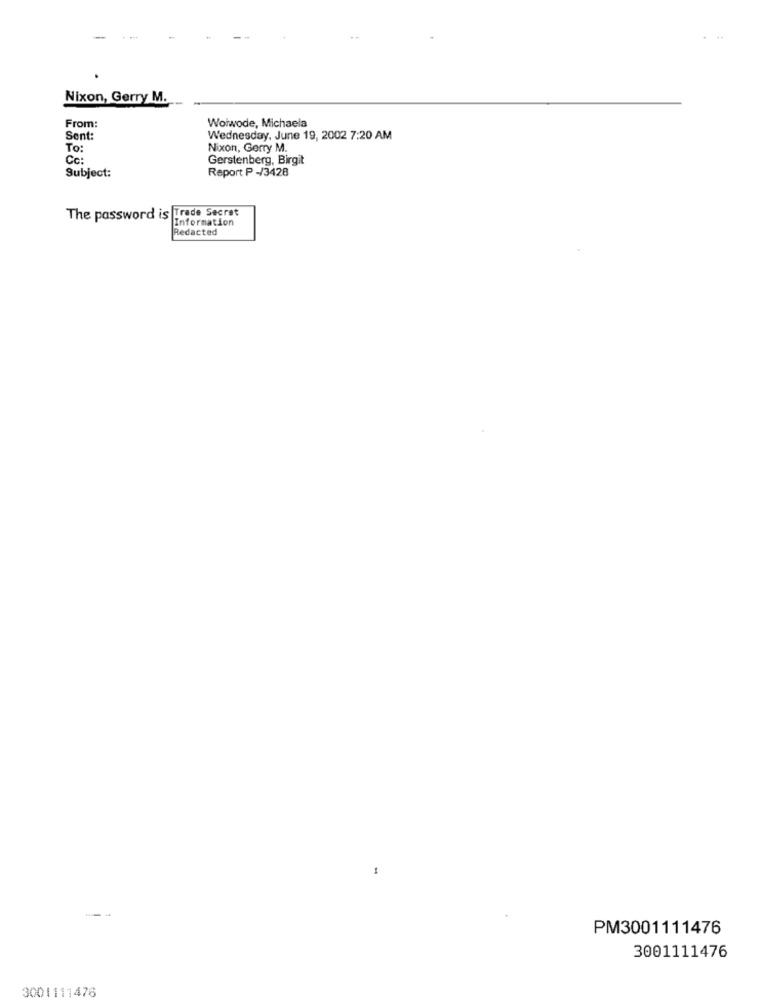
Nixon, Gerry M.
Woiwode, Michaela
From:
Sent:
Wednesday, June 19, 2002 7:20 AM
To:
Nixon, Gerry M.
Cc:
Gerstenberg, Birgit
Report P -/3428
Subject:
The password is Trade Secret
Information
Redacted
PM3001111476
3001111476
3001111476